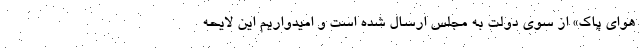
هوای پاک» از سوی دولت به مجلس ارسال شده است و امیدواریم این لایحه